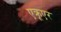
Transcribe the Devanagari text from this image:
एक्रूएर